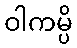
ဝါကမ္ပိ